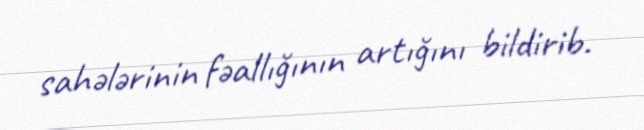
sahələrinin fəallığının artığını bildirib.